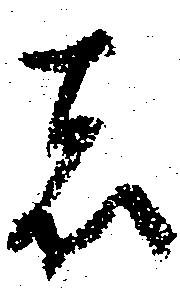
者